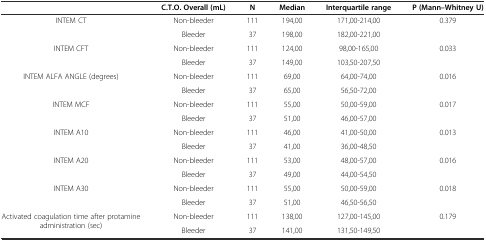
<table><thead><tr><td></td><td><b>C.T.O. Overall (mL)</b></td><td><b>N</b></td><td><b>Median</b></td><td><b>Interquartile range</b></td><td><b>P (Mann–Whitney U)</b></td></tr></thead><tbody><tr><td rowspan="2">INTEM CT</td><td>Non-bleeder</td><td>111</td><td>194,00</td><td>171,00-214,00</td><td rowspan="2">0.379</td></tr><tr><td>Bleeder</td><td>37</td><td>198,00</td><td>182,00-221,00</td></tr><tr><td rowspan="2">INTEM CFT</td><td>Non-bleeder</td><td>111</td><td>124,00</td><td>98,00-165,00</td><td rowspan="2">0.033</td></tr><tr><td>Bleeder</td><td>37</td><td>149,00</td><td>103,50-207,50</td></tr><tr><td rowspan="2">INTEM ALFA ANGLE (degrees)</td><td>Non-bleeder</td><td>111</td><td>69,00</td><td>64,00-74,00</td><td rowspan="2">0.016</td></tr><tr><td>Bleeder</td><td>37</td><td>65,00</td><td>56,50-72,00</td></tr><tr><td rowspan="2">INTEM MCF</td><td>Non-bleeder</td><td>111</td><td>55,00</td><td>50,00-59,00</td><td rowspan="2">0.017</td></tr><tr><td>Bleeder</td><td>37</td><td>51,00</td><td>46,00-57,00</td></tr><tr><td rowspan="2">INTEM A10</td><td>Non-bleeder</td><td>111</td><td>46,00</td><td>41,00-50,00</td><td rowspan="2">0.013</td></tr><tr><td>Bleeder</td><td>37</td><td>41,00</td><td>36,00-48,50</td></tr><tr><td rowspan="2">INTEM A20</td><td>Non-bleeder</td><td>111</td><td>53,00</td><td>48,00-57,00</td><td rowspan="2">0.016</td></tr><tr><td>Bleeder</td><td>37</td><td>49,00</td><td>44,00-54,50</td></tr><tr><td rowspan="2">INTEM A30</td><td>Non-bleeder</td><td>111</td><td>55,00</td><td>50,00-59,00</td><td rowspan="2">0.018</td></tr><tr><td>Bleeder</td><td>37</td><td>51,00</td><td>46,50-56,50</td></tr><tr><td rowspan="2">Activated coagulation time after protamine administration (sec)</td><td>Non-bleeder</td><td>111</td><td>138,00</td><td>127,00-145,00</td><td rowspan="2">0.179</td></tr><tr><td>Bleeder</td><td>37</td><td>141,00</td><td>131,50-149,50</td></tr></tbody></table>